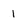
Character: 1